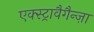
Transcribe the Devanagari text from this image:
एक्स्ट्रावैगैन्ज़ा